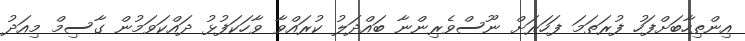
އިންތިހާބަށްފަހު ފުރަތަމަ ފަހަރަށް ނޫސްވެރިންނާ ބައްދަލު ކުރައްވާ ވާހަކަފުޅު ދައްކަވަމުން ގާސިމް މިއަދު